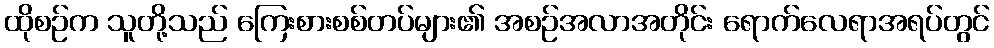
ထိုစဉ်က သူတို့သည် ကြေးစားစစ်တပ်များ၏ အစဉ်အလာအတိုင်း ရောက်လေရာအရပ်တွင်